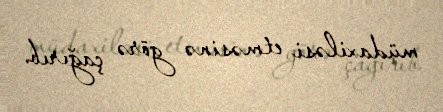
müdaxiləsi etməsinə görə çağırıb.